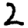
Digit: 2